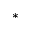
^ { \ast }